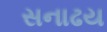
સનાઢય